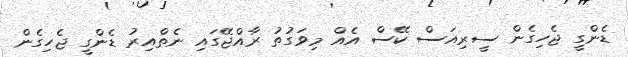
ޑެންގީ ޖެހިގެން ސީރިއަސް ކޭސް އެއް މިވަގުތު ރާއްޖޭގައި ނެތްއިރު ޑެންގީ ޖެހިގެން